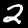
Label: 2